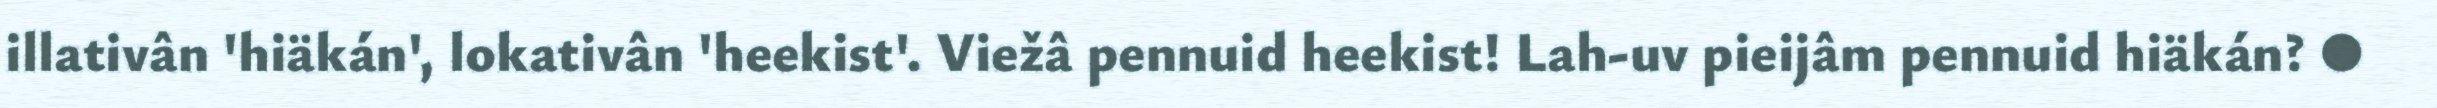
illativân 'hiäkán', lokativân 'heekist'. Viežâ pennuid heekist! Lah-uv pieijâm pennuid hiäkán? ●